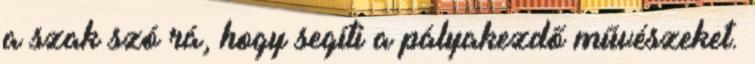
a szak szó rá, hogy segíti a pályakezdő művészeket.